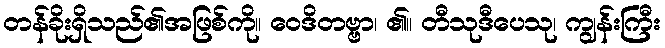
တန်ခိုးရှိသည်၏အဖြစ်ကို။ ဝေဒိတဗ္ဗာ၊ ၏။ တီသုဒီပေသု၊ ကျွန်းကြီး